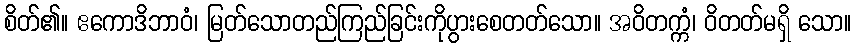
စိတ်၏။ ဧကောဒိဘာဝံ၊ မြတ်သောတည်ကြည်ခြင်းကိုပွားစေတတ်သော။ အဝိတက္ကံ၊ ဝိတတ်မရှိ သော။